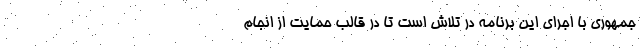
جمهوری با اجرای این برنامه در تلاش است تا در قالب حمایت از انجام